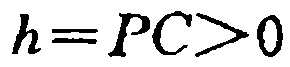
\(h = PC>0\)